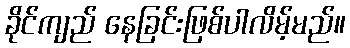
ခိုင်ကျည် နေခြင်းဖြစ်ပါလိမ့်မည်။